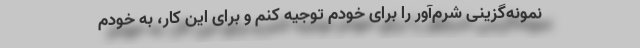
نمونه‌گزینی شرم‌آور را برای خودم توجیه کنم و برای این کار، به خودم